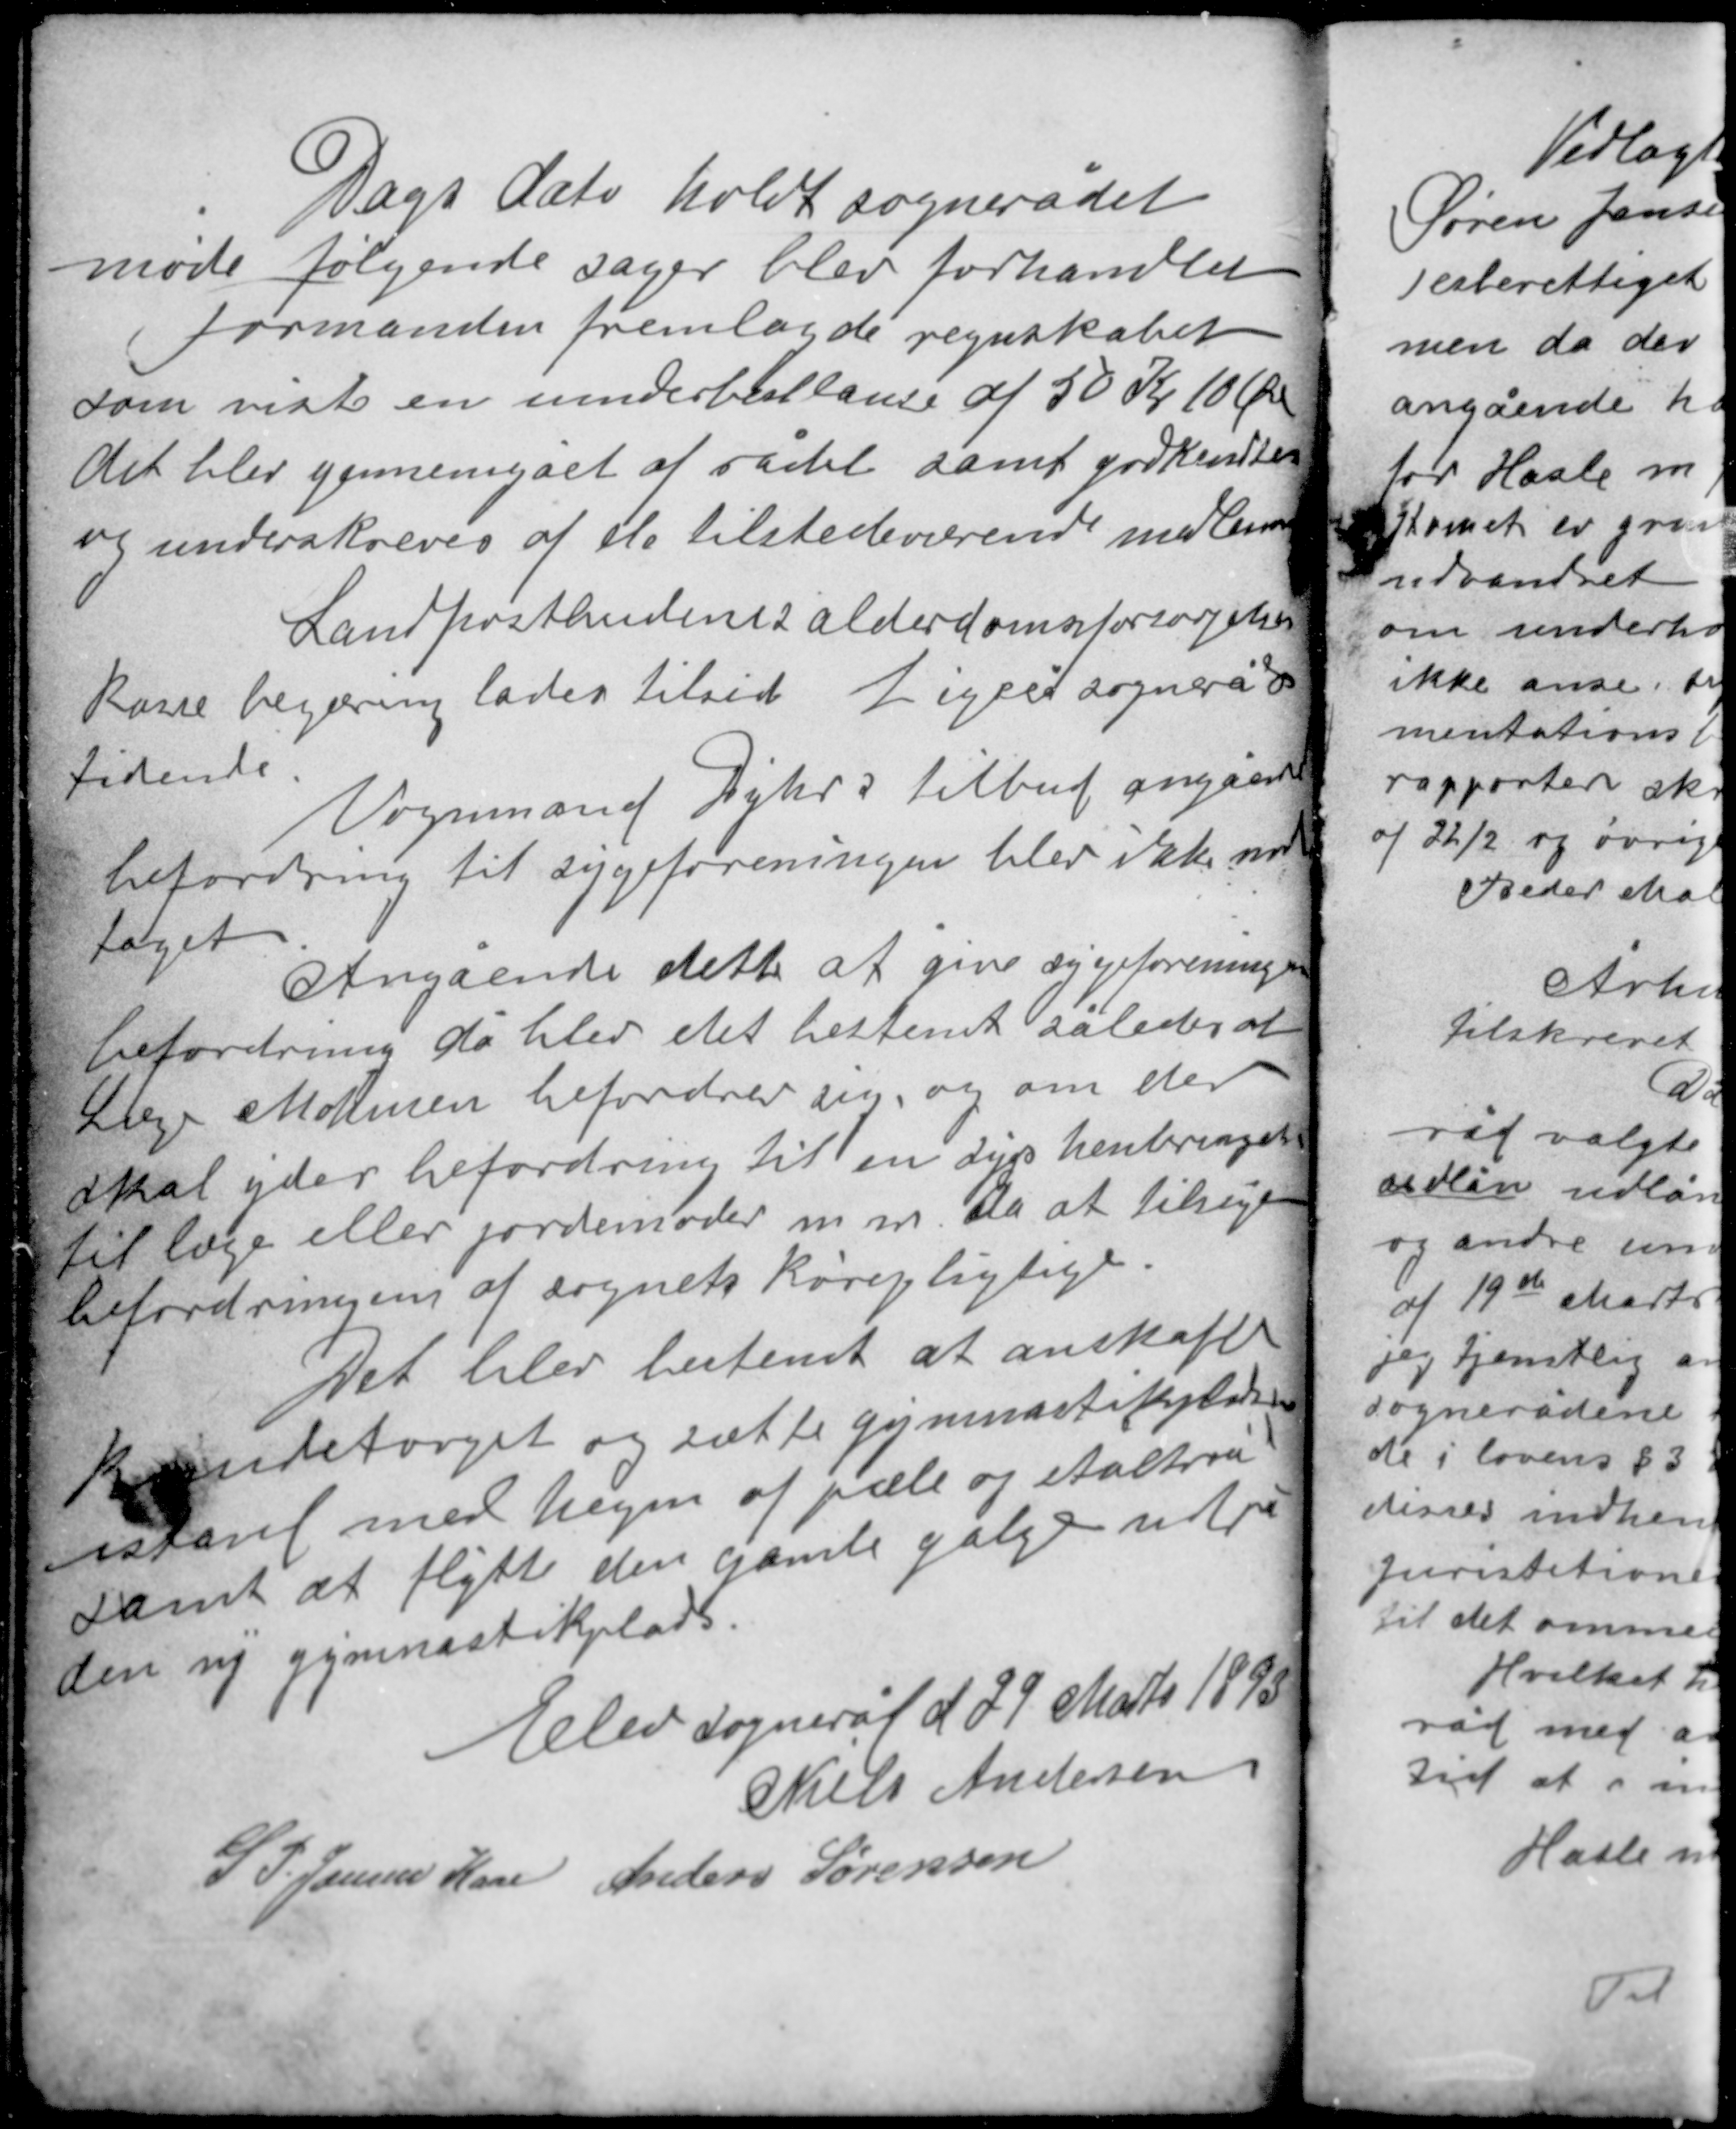
Transskription:
Dags dato holdt sognerådet
møde følgende sager blev forhandlet
Formanden fremlagde regnskabet
som viste en underballance af 50 Kr 10 Øre
det blev gennemgået af rådet samt godkendtes
og underskreves af de tilstedeværende medlemmer

Landpostbudenes alderdomsforsørgelses-
kasse begæring lades tilside. Ligeså sogneråds
tidende.
Vognmand Dyhrs tilbud angående
befordring til sygeforeningen blev ikke an-
taget.
Angående dette at give sygeforeningen
befordring da blev det bestemt således at
Læge Mohnsen befordrer sig og om der
skal yder befordring til en sygs henbringelse
til læge eller jordemoder m.m. da at tilsige
befordringen af sognets kørepligtige.

Det blev bestemt at anskaffe
knudetorget og sætte gymnastikpladsen
istand med hegn af pæle og staltræ
samt at flytte den gamle galge ud på
den ny gymnastikplads.

Elev sogneråd d 29 Marts 1893
Niels Andersen
S. P. Jensen Kase Anders Sørensen